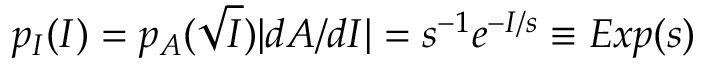
p _ { I } ( I ) = p _ { A } ( \sqrt { I } ) | d A / d I | = s ^ { - 1 } e ^ { - I / s } \equiv E x p ( s )